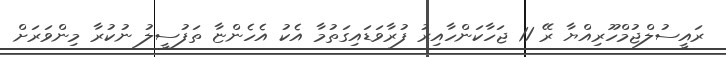
ރައީސުލްޖުމްހޫރިއްޔާ ރޭ 11 ޖަހާކަންހާއިރު ފުރާވަޑައިގަތުމާ އެކު އެހެންޏާ ތަފުސީލު ނުކުރާ މިންވަރަށް